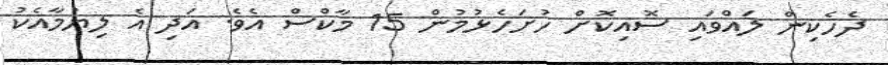
ދެހެކިން ލައްވައި ސޮއިކޮށް ހުށަހެޅުމުން 15 މާކްސް އެވެ. އަދި އެ ލިޔުމާއެކު